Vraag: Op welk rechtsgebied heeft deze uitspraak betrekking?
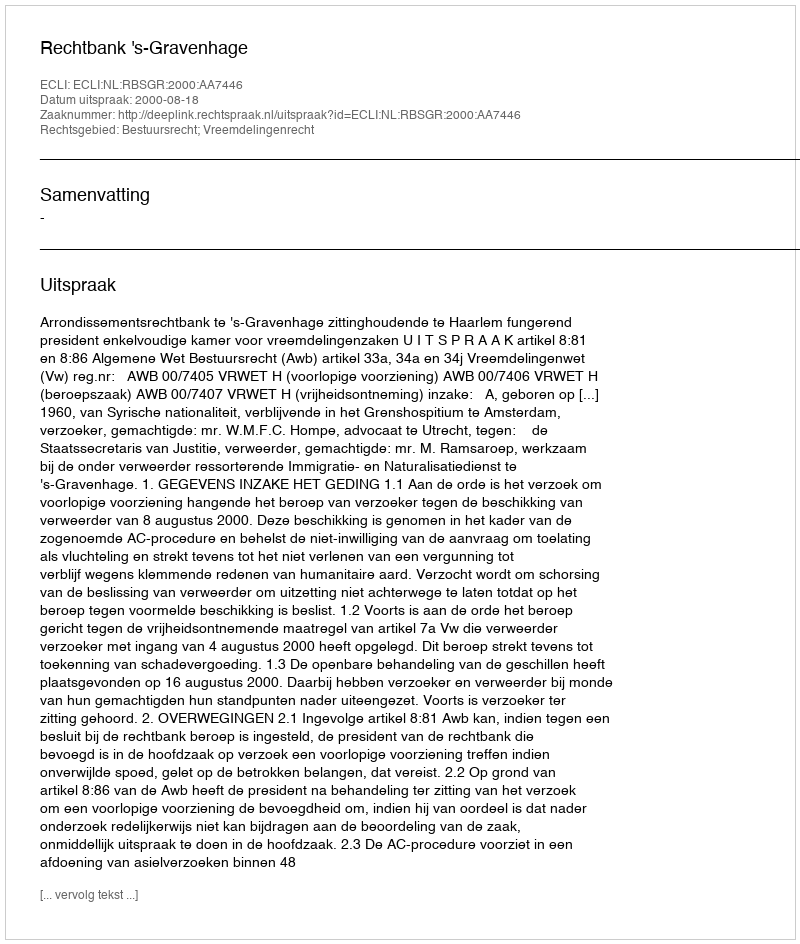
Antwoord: Bestuursrecht; Vreemdelingenrecht